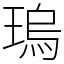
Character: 瑦